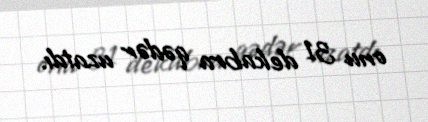
onu 31 dekabra qədər uzatdı.